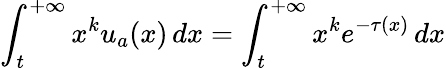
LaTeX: \int_{t}^{+\infty}x^{k}u_{a}(x)\, dx=\int_{t}^{+\infty}x^{k}e^{-\tau(x)}\, dx